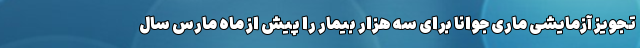
تجویز آزمایشی ماری جوانا برای سه هزار بیمار را پیش از ماه مارس سال